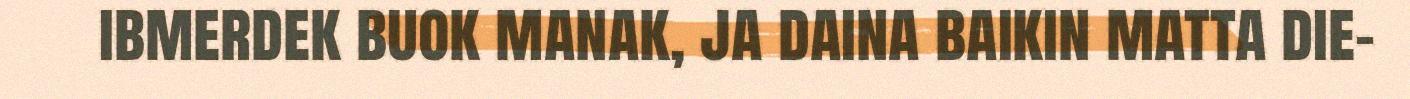
ibmerdek buok manak, ja daina baikin matta die-